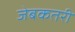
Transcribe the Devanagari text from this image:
जेबकतरी